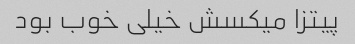
پیتزا میکسش خیلی خوب بود